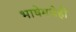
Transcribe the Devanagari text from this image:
भाषेमधेही